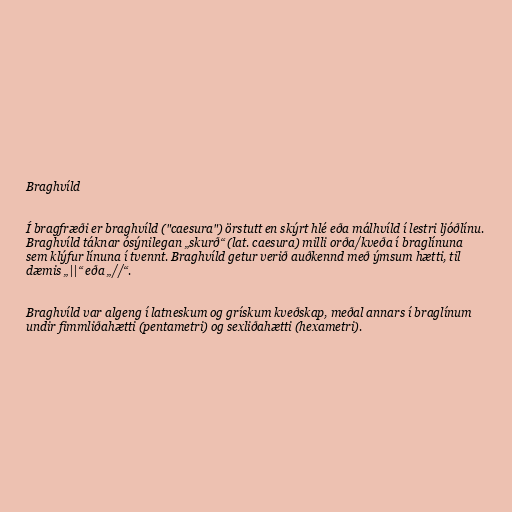
Braghvíld

Í bragfræði er braghvíld ("caesura") örstutt en skýrt hlé eða málhvíld í lestri ljóðlínu.
Braghvíld táknar ósýnilegan „skurð“ (lat. caesura) milli orða/kveða í braglínuna
sem klýfur línuna í tvennt. Braghvíld getur verið auðkennd með ýmsum hætti, til
dæmis „||“ eða „//“.

Braghvíld var algeng í latneskum og grískum kveðskap, meðal annars í braglínum
undir fimmliðahætti (pentametri) og sexliðahætti (hexametri).